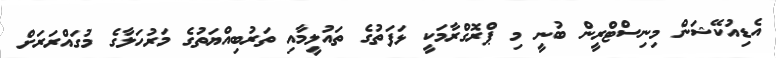
އެޑިއުކޭޝަން މިނިސްޓްރީން ބުނީ މި ޕްރޮގްރާމަކީ ޅަފަތުގެ ތައުލީމާއި ތަރުބިއްޔަތުގެ މަރުހަލާގެ މުގައްރަރަށް